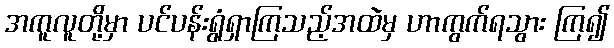
အကူလူတို့မှာ ပင်ပန်းရွံရှာကြသည့်အထဲမှ ဟာကွက်ရသွား ကြ၍